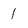
Character: 1